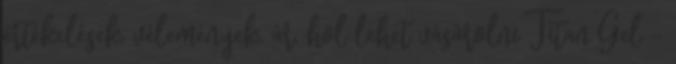
értékelések, vélemények, ár, hol lehet vásárolni Titan Gel –